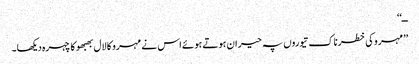
ــ‘‘
’’مہرو کی خطرناک تیوروں پہ حیران ہوتے ہوئے اس نے مہرو کا لال بھبھو کا چہرہ دیکھا۔